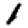
Digit: 1